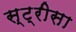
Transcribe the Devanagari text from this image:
स्ट्रीसा